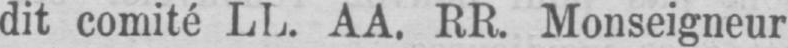
dit comité LL. AA. RR. Monseigneur